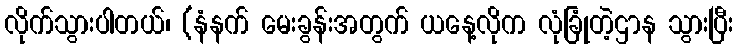
လိုက်သွားပါတယ်၊ (နံနက် မေးခွန်းအတွက် ယနေ့လိုက လုံခြုံတဲ့ဌာန သွားပြီး